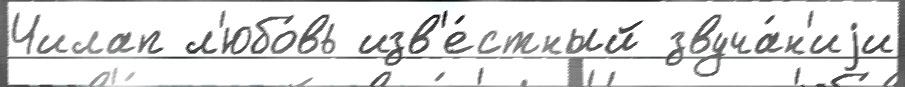
Чилап л'юбо́вь изв'е́стный звуча́н'иjи